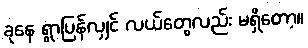
ခုနေ ရွာပြန်လျှင် လယ်တွေလည်း မရှိတော့။